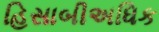
હિસાબીઅધિક